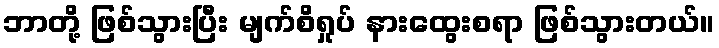
ဘာတို့ ဖြစ်သွားပြီး မျက်စိရှုပ် နားထွေးစရာ ဖြစ်သွားတယ်။